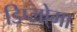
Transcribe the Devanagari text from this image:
डिप्लो्मा